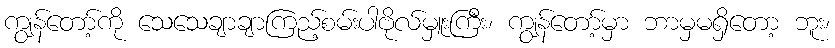
ကျွန်တော့်ကို သေသေချာချာကြည့်စမ်းပါဗိုလ်မှူးကြီး၊ ကျွန်တော့်မှာ ဘာမှမရှိတော့ ဘူး၊